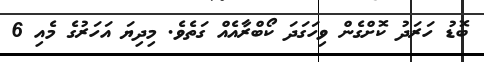
ބޮޑު ހަރަދު ކޮށްގެން ވިހަގަދަ ކޯބްރާއެއް ގަތެވެ. މިދިޔަ އަހަރުގެ މެއި 6